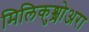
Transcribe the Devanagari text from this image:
मिलिकुश्शोअरा